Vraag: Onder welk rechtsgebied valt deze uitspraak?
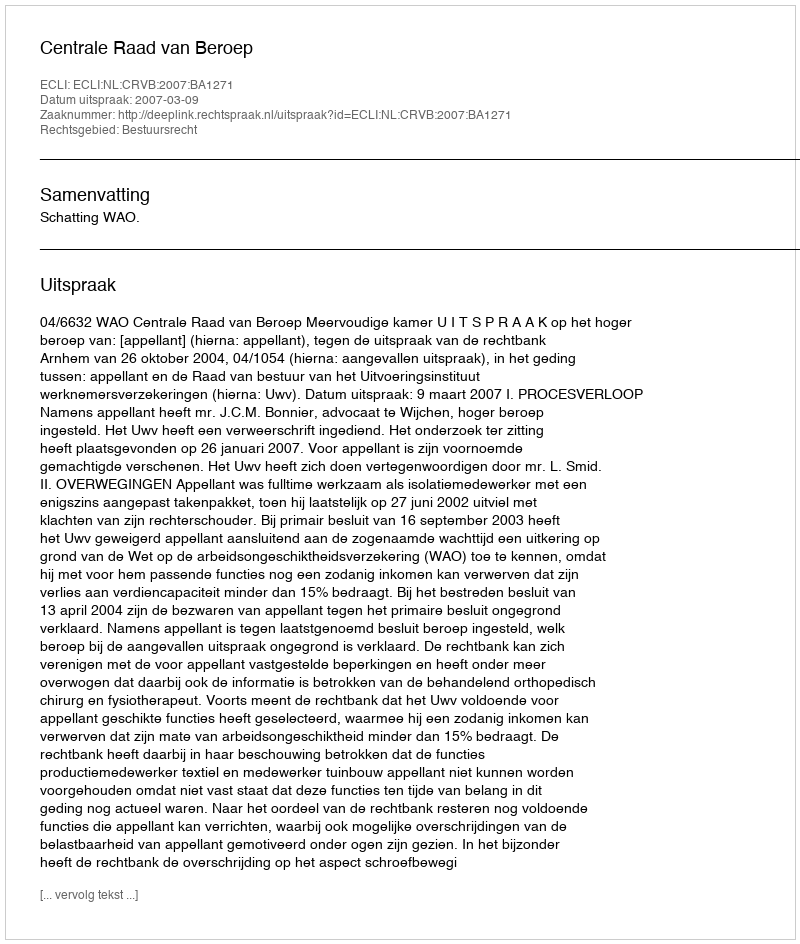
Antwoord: Bestuursrecht